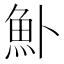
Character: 𬵂